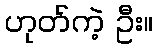
ဟုတ်ကဲ့ ဦး။